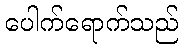
ပေါက်ရောက်သည်